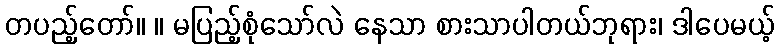
တပည့်တော်။ ။ မပြည့်စုံသော်လဲ နေသာ စားသာပါတယ်ဘုရား၊ ဒါပေမယ့်